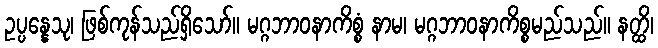
ဥပ္ပန္နေသု၊ ဖြစ်ကုန်သည်ရှိသော်။ မဂ္ဂဘာဝနာကိစ္စံ နာမ၊ မဂ္ဂဘာဝနာကိစ္စမည်သည်။ နတ္ထိ၊